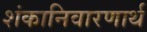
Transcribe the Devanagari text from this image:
शंकानिवारणार्थ